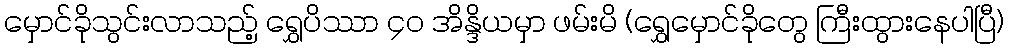
မှောင်ခိုသွင်းလာသည့် ရွှေပိဿာ ၄၀ အိန္ဒိယမှာ ဖမ်းမိ (ရွှေမှောင်ခိုတွေ ကြီးထွားနေပါပြီ)